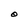
Character: O